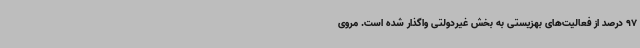
97 درصد از فعالیت‌های بهزیستی به بخش غیردولتی واگذار شده است. مروی